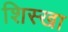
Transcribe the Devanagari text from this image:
शिस्खा